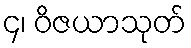
၄၊ ဝိဇယာသုတ်